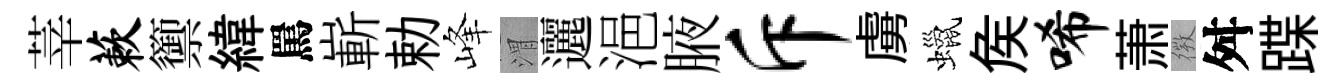
莘蔌籞緯罵嶄勅峰渭邐浥腋斥虜蠟矦唏萧𢕄舛蹀